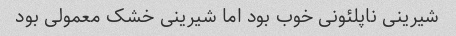
شیرینی ناپلئونی خوب بود اما شیرینی خشک معمولی بود